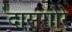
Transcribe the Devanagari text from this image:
दासगोरे